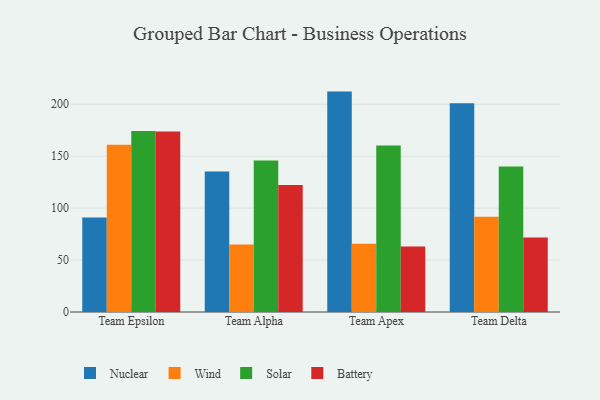
{"axis": {"x": "Team", "y": "Shipments"}, "legend": ["Battery", "Nuclear", "Solar", "Wind"], "data": [{"x": "Team Epsilon", "y": 91.0, "type": "Nuclear"}, {"x": "Team Epsilon", "y": 161.0, "type": "Wind"}, {"x": "Team Epsilon", "y": 174.3, "type": "Solar"}, {"x": "Team Epsilon", "y": 173.7, "type": "Battery"}, {"x": "Team Alpha", "y": 135.3, "type": "Nuclear"}, {"x": "Team Alpha", "y": 65.0, "type": "Wind"}, {"x": "Team Alpha", "y": 145.8, "type": "Solar"}, {"x": "Team Alpha", "y": 122.3, "type": "Battery"}, {"x": "Team Apex", "y": 212.2, "type": "Nuclear"}, {"x": "Team Apex", "y": 65.6, "type": "Wind"}, {"x": "Team Apex", "y": 160.2, "type": "Solar"}, {"x": "Team Apex", "y": 63.1, "type": "Battery"}, {"x": "Team Delta", "y": 201.1, "type": "Nuclear"}, {"x": "Team Delta", "y": 91.8, "type": "Wind"}, {"x": "Team Delta", "y": 140.1, "type": "Solar"}, {"x": "Team Delta", "y": 71.7, "type": "Battery"}]}